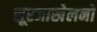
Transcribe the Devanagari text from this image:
सूरजाखेलनो